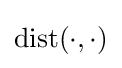
\operatorname {dist} (\cdot ,\cdot )